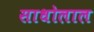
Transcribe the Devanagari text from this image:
साधोलाल